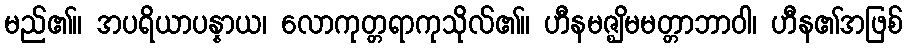
မည်၏။ အပရိယာပန္နာယ၊ လောကုတ္တရာကုသိုလ်၏။ ဟီနမဇ္ဈိမမတ္တာဘာဝါ၊ ဟီန၏အဖြစ်